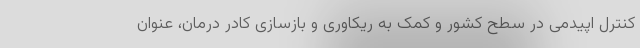
کنترل اپیدمی در سطح کشور و کمک به ریکاوری و بازسازی کادر درمان، عنوان